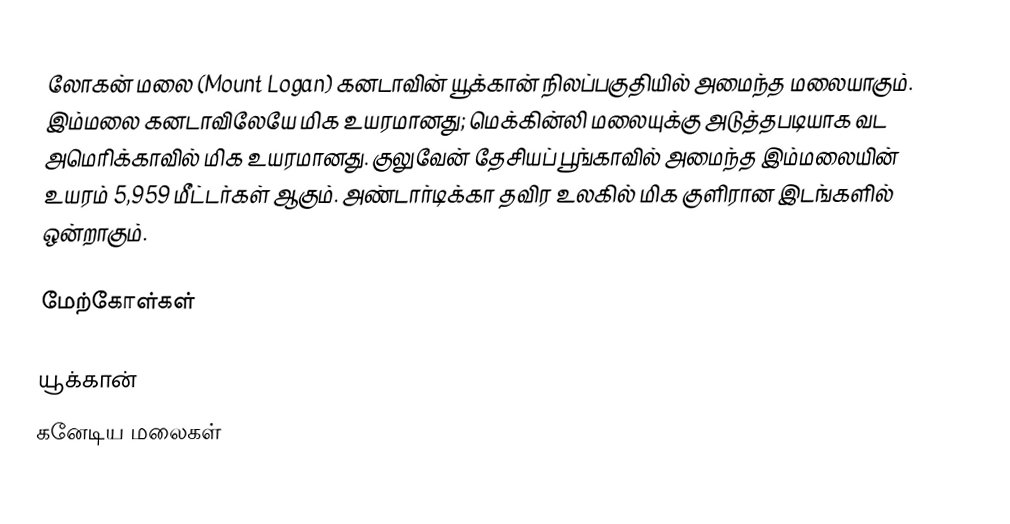
லோகன் மலை (Mount Logan) கனடாவின் யூக்கான் நிலப்பகுதியில் அமைந்த மலையாகும். இம்மலை கனடாவிலேயே மிக உயரமானது; மெக்கின்லி மலையுக்கு அடுத்தபடியாக வட அமெரிக்காவில் மிக உயரமானது. குலுவேன் தேசியப் பூங்காவில் அமைந்த இம்மலையின் உயரம் 5,959 மீட்டர்கள் ஆகும். அண்டார்டிக்கா தவிர உலகில் மிக குளிரான இடங்களில் ஒன்றாகும்.

மேற்கோள்கள்

யூக்கான்
கனேடிய மலைகள்